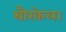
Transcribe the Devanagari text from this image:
थौरकेल।